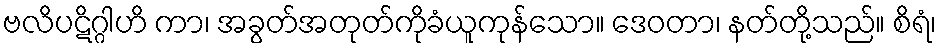
ဗလိပဋိဂ္ဂါဟိ ကာ၊ အခွတ်အတုတ်ကိုခံယူကုန်သော။ ဒေဝတာ၊ နတ်တို့သည်။ စိရံ၊